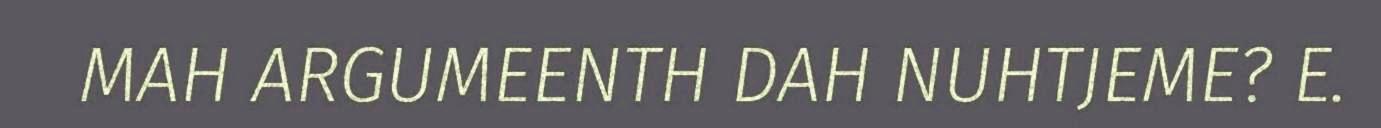
MAH ARGUMEENTH DAH NUHTJEME? E.